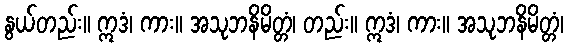
နွယ်တည်း။ ဣဒံ၊ ကား။ အသုဘနိမိတ္တံ၊ တည်း။ ဣဒံ၊ ကား။ အသုဘနိမိတ္တံ၊